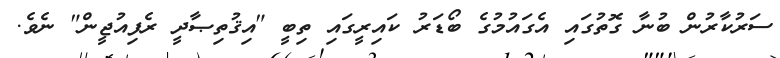
ސަރުކާރުން ބުނާ ގޮތުގައި އެގައުމުގެ ބޯޑަރު ކައިރީގައި ތިބީ "އިޤުތިޞާދީ ރެފިއުޖީން" ނެވެ.